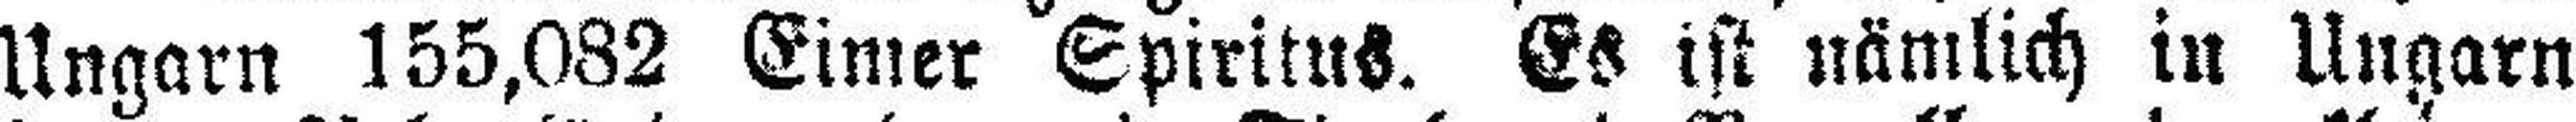
Ungarn 155,082 Eimer Spiritus. Es ist nämlich in Ungarn